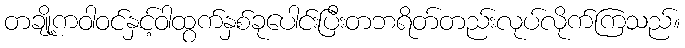
တချို့ကဝါဝင်နှင့်ဝါထွက်နှစ်ခုပေါင်းပြီးတဘရိတ်တည်းလုပ်လိုက်ကြသည်။